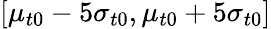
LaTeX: [\mu_{t0}-5\sigma_{t0},\mu_{t0}+5\sigma_{t0}]